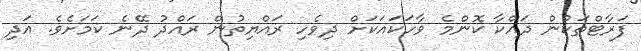
ފަރާޓްތަކުން ދައްކާ ކޮންމެ ވާހަކައަކަށް ދިވެހި ރައްޔިތުން ރައްދު ދޭނެ ކަމަށެވެ. އަދި